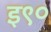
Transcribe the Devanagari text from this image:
इ९०